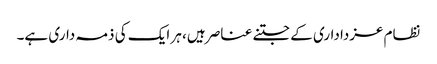
نظام عزداداری کے جتنے عناصر ہیں، ہر ایک کی ذمہ داری ہے۔